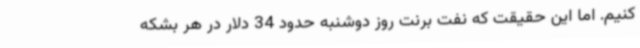
کنیم. اما این حقیقت که نفت برنت روز دوشنبه حدود 34 دلار در هر بشکه